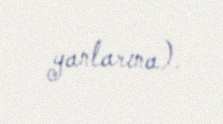
yanlarına).